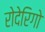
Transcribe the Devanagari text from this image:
रोदेरिगो